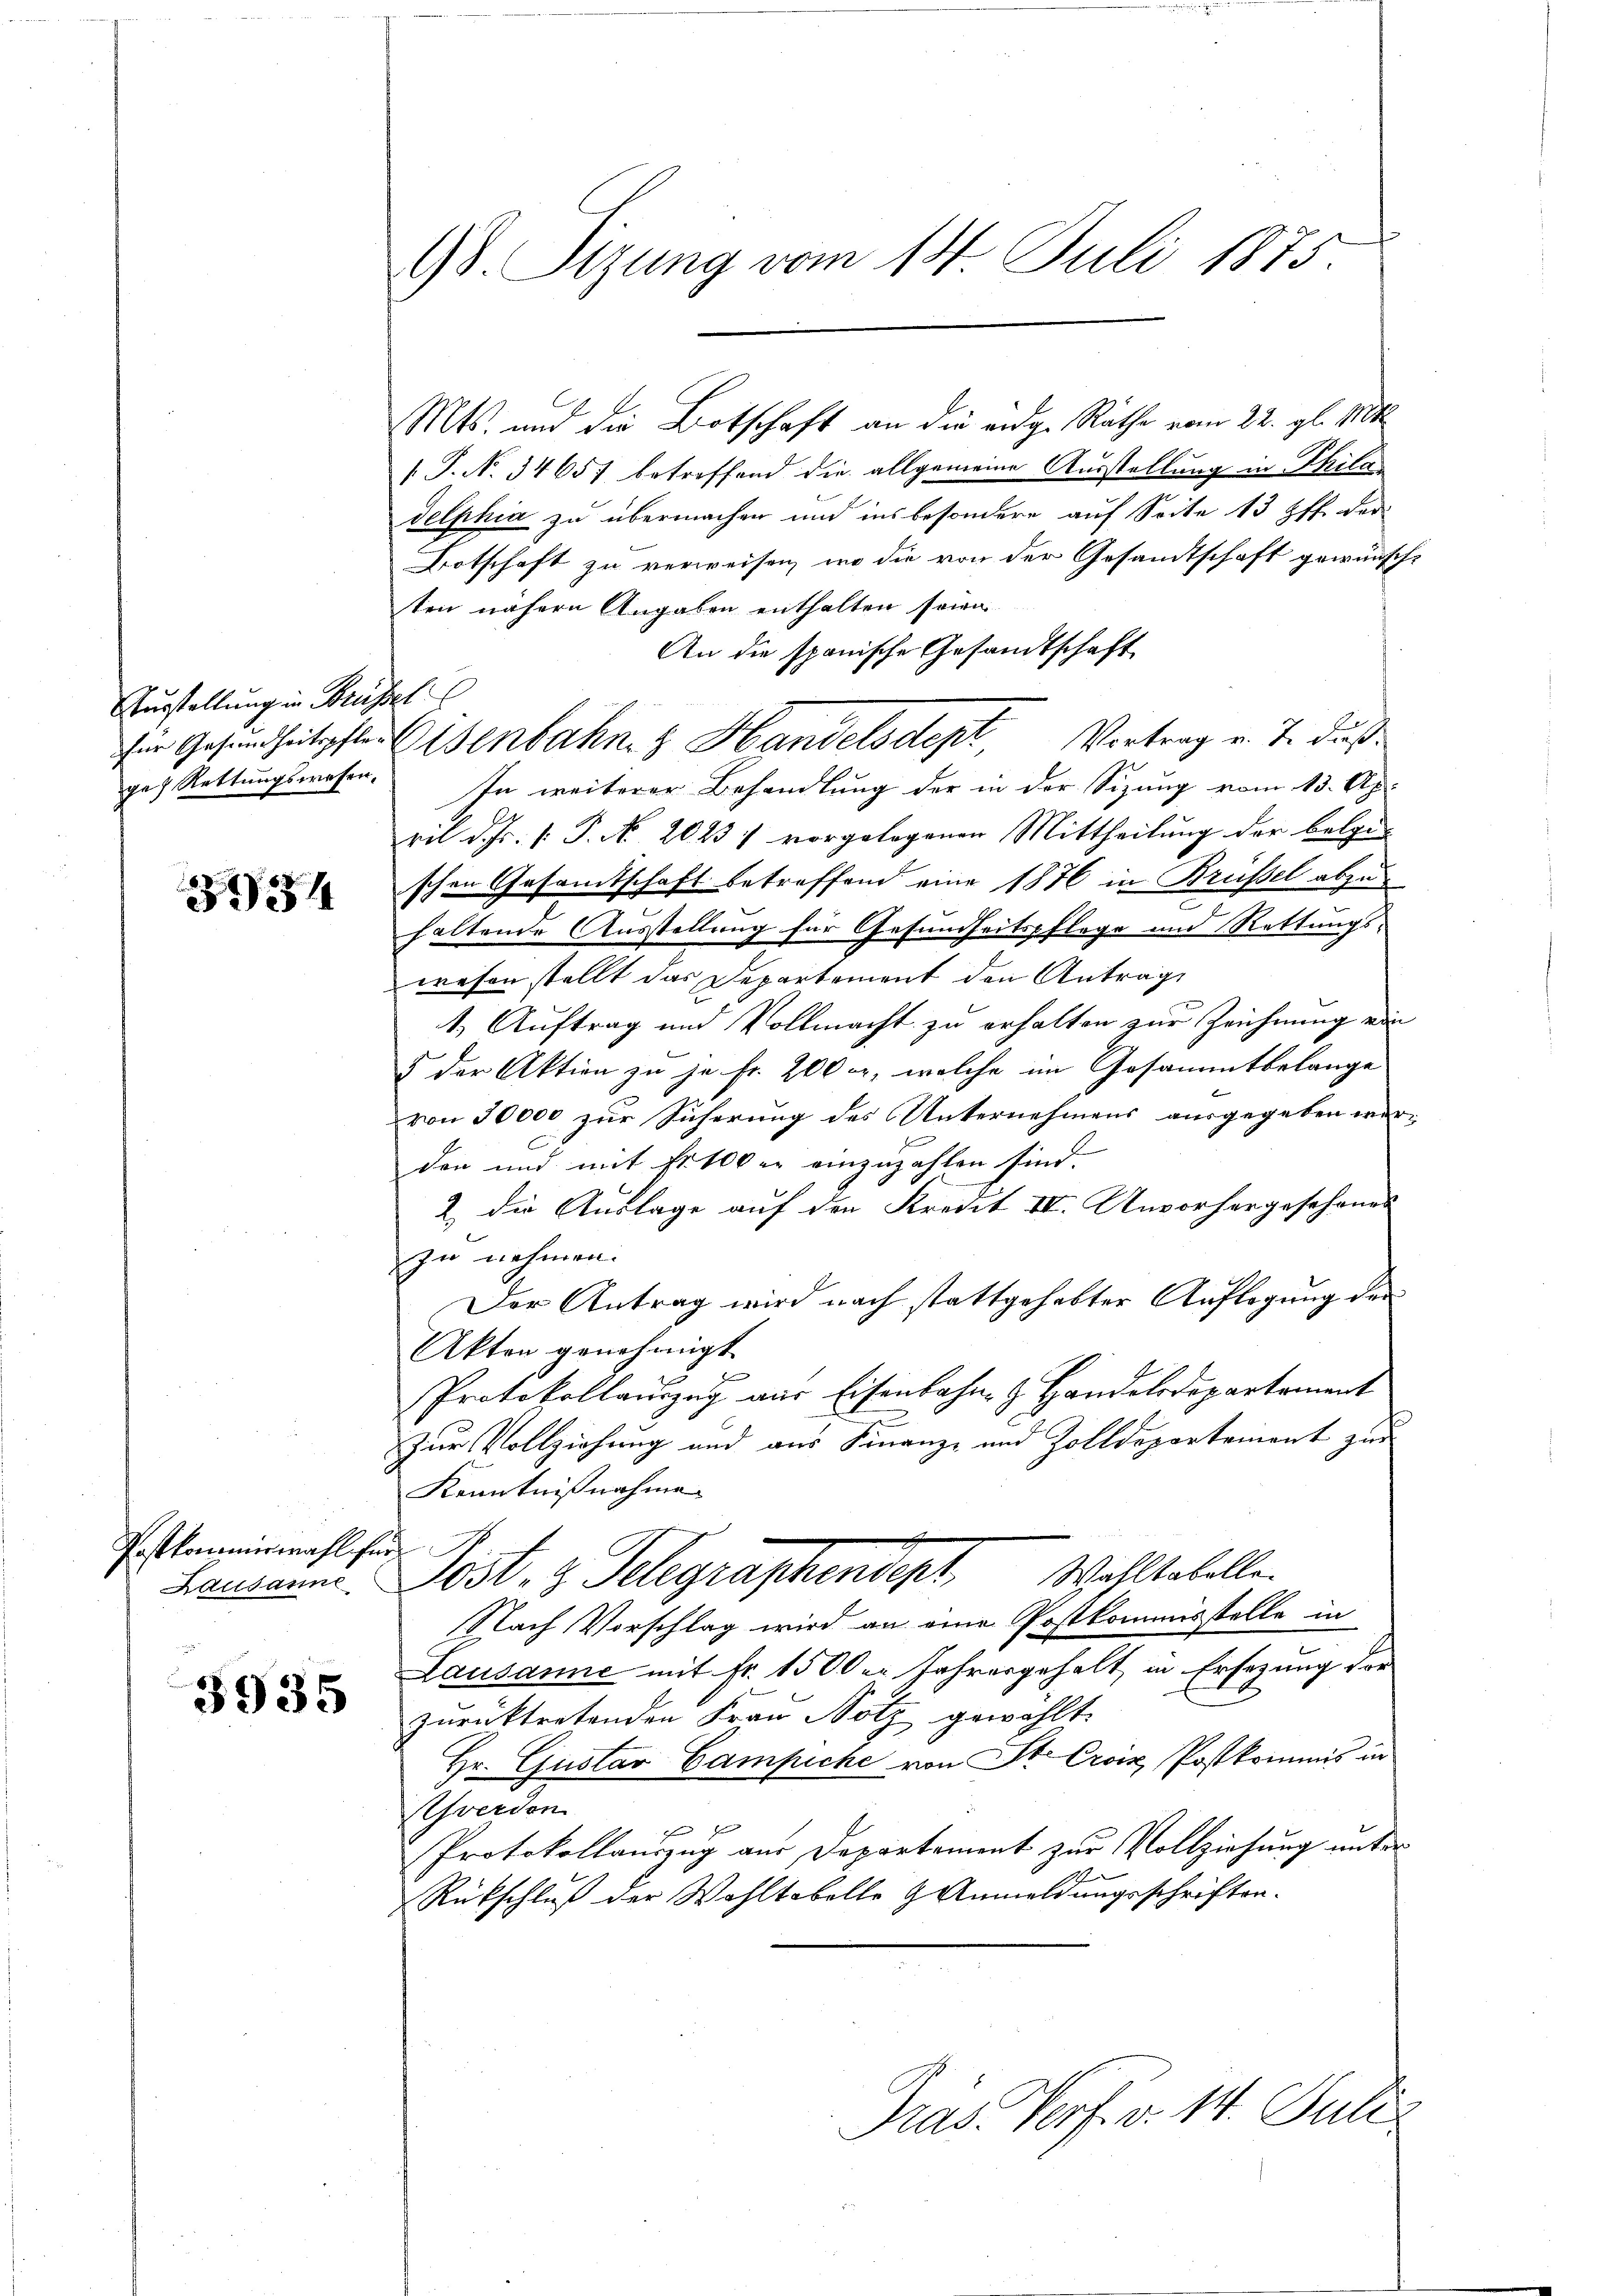
urstellung in Brüssel
ge) Rettungswesen.

54

Postkommermahl für

3935

Mts. und die Botschaft an die eidg. Rathe vom 22. gl. 1104
/. J. N. 34657 betreffend die allgemeine Ausstellung in Phila
delphia zu übermachen und insbesondere auf Seite 13 ff. der
Botschaft zu verweisen, wo die von der Gesandtschaft gewünscht
ten nähern Angaben enthalten seien
An die spanische Gesandtschaft
für Gesundheitspfleisenbahn- & Handelsdept, Vortrag v. J. Fuß
In weiterer Behandlung der in der Sizung vom 13. Apr
ril d. Js. s. P. Nr. 2023) vorgelegenen Mittheilung der belgen
schen Gesamtschaft betreffend eine 1876 in Brüssel abzuhaltende Ausstellung für Gesundheitspflege und Rettungswesen stellt das Departement den Antrag
1. Auftrag und Vollmacht zu erhalten zur Zeichnung ein
5 der Aktion zu je fr. 200 Fr., welche im Gesammtbelange
von 30000 zur Sicherung des Unternehmens ausgegeben werden und mit Fr. 100 er einzuzahlen sind.
2. die Auslage auf den Kredit IV. Unvorhergesehenes
zu nehmen.
Der Antrag wird nach stattgehabter Auflegung der
Akten genehmigt
Protokollauszug aus Eisenbahn- & Handelsdepartament
e
Zur Vollziehung und aus Finanz- und Zolldepartement zur
Kenntnißnahme
Lausanne. Jost, z. Telegraphendept. Wohltabellen
Nach Vorschlag wird an eine Postkommisstelle in
Lausanne mit Fr. 1500er Jahresgehalt, in Ersezung der
zurücktretenden Frau Nötz gewählt.
Hr. Gustav Campiche von St. Croix, Postkommis in
Schwerden.
A
Protokollauszug aus Departement zur Vollziehung unter¬
Rückschluß der Wohltobelle & Anmeldungsschriften.
Präs. Verf. v. 14. Juli

98. Sizung vom 14. Juli 1875.